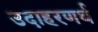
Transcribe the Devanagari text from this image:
उदाहरणर्थ